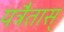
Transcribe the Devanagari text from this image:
यत्रैतास्‌